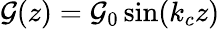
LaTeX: \mathcal{G}(z)=\mathcal{G}_{0}\sin(k_{c}z)